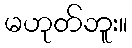
မဟုတ်ဘူး။